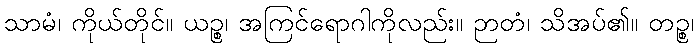
သာမံ၊ ကိုယ်တိုင်။ ယဉ္စ၊ အကြင်ရောဂါကိုလည်း။ ဉာတံ၊ သိအပ်၏။ တဉ္စ၊